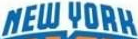
NEW YORK